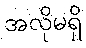
အလိုမရှိ